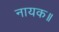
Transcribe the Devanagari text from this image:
नायक॥